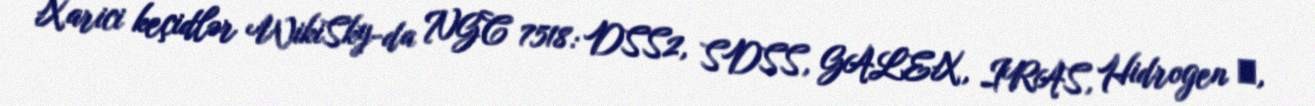
Xarici keçidlər WikiSky-da NGC 7518: DSS2, SDSS, GALEX, IRAS, Hidrogen α,